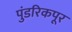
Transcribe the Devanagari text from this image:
पुंडरिकपूर